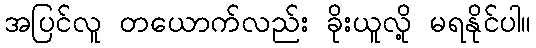
အပြင်လူ တယောက်လည်း ခိုးယူလို့ မရနိုင်ပါ။